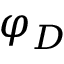
\varphi _ { D }